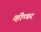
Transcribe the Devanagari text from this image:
व्हीप्पर